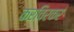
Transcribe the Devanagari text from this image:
करविरकर